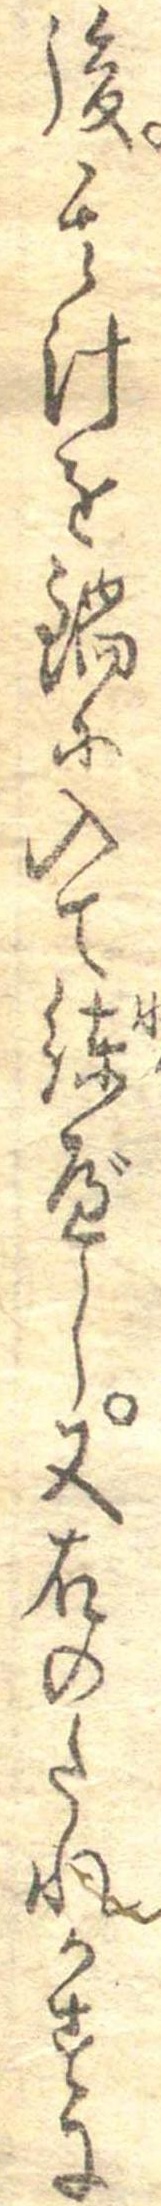
後其汁を鍋に入て練べし又右のたれかすに